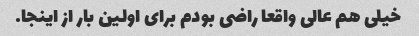
خیلی هم عالی واقعا راضی بودم برای اولین بار از اینجا.